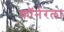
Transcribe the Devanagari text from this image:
काॅर्नरला